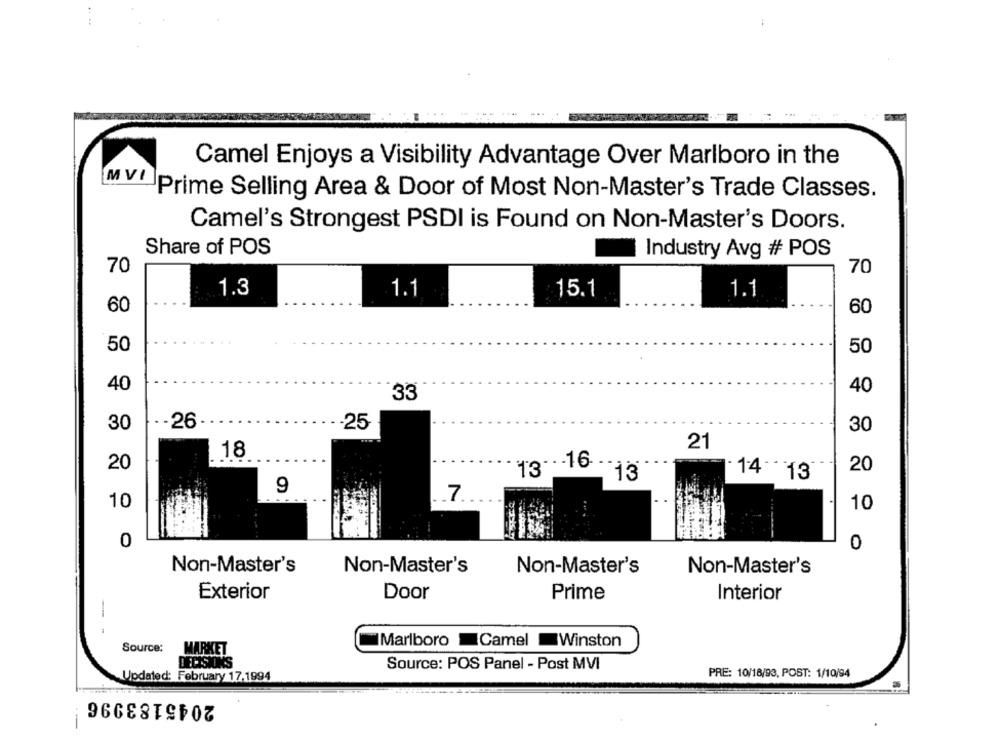
Camel Enjoys a Visibility Advantage Over Marlboro in the
MVI
Prime Selling Area & Door of Most Non-Master's Trade Classes.
Camel's Strongest PSDI is Found on Non-Master's Doors.
Share of POS
Industry Avg # POS
70
70
1.3
1.1
15.1
1.1
60
60
50
50
40
40
33
-26
-- 25
30
30
21
18
20
13 ..- 16
20
13
14 13
9
7
10
10
0
0
Non-Master's
Non-Master's
Non-Master's
Non-Master's
Exterior
Door
Prime
Interior
Marlboro Camel Winston
Source:
MARKET
DECISIONS
Source: POS Panel - Post MVI
PRE: 10/18/93, POST: 1/10/94
Updated: February 17-1994
2045183996
--